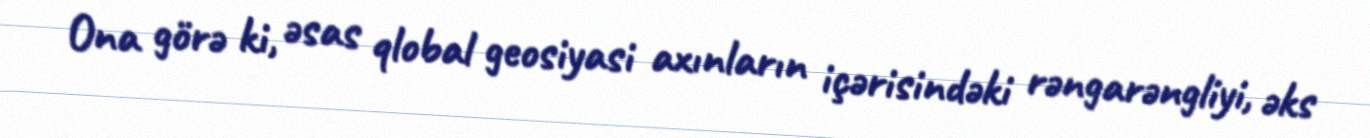
Ona görə ki, əsas qlobal geosiyasi axınların içərisindəki rəngarəngliyi, əks